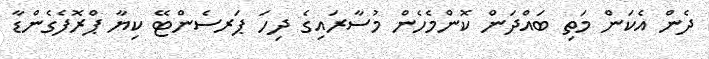
ދެން އެކަން މަތި ބައްދަން ކޮންމެހެން މުސާރައިގެ ދިހަ ޕަރސެންޓޭ ކިޔާ ޕްރޮފެގެންޑާ